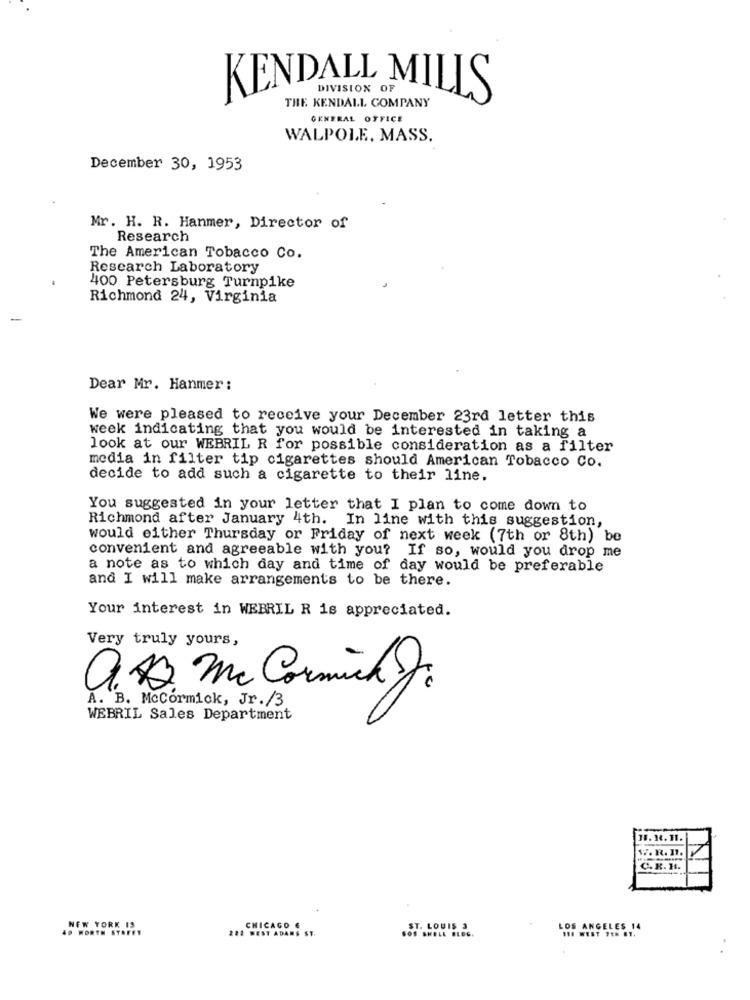
KENDALL MILLS
THE KENDALL COMPANY
DIVISION OF
GENERAL OFFICE
WALPOLE, MASS.
December 30, 1953
Mr. H. R. Hanmer, Director of
Research
The American Tobacco Co.
Research Laboratory
400 Petersburg Turnpike
Richmond 24, Virginia
Dear Mr. Hanmer:
We were pleased to receive your December 23rd letter this
week indicating that you would be interested in taking a
look at our WEBRIL R for possible consideration as a filter
media in filter tip cigarettes should American Tobacco Co.
decide to add such a cigarette to their line.
You suggested in your letter that I plan to come down to
Richmond after January 4th. In line with this suggestion,
would either Thursday or Friday of next week (7th or 8th) be
convenient and agreeable with you? If so, would you drop me
a note as to which day and time of day would be preferable
and I will make arrangements to be there.
Your interest in WEBRIL R is appreciated.
Very truly yours,
a. A. mc Cormick .
A. B. McCormick, Jr./3
WEBRIL Sales Department
11. 14. H.
W. R. 11.
C.K. H.
NEW YORK 19
CHICAGO €
40 WORTH STREET
222 WEST ADANS ST.
SOS SHELL BLOG
ST. LOUIS 3
LOS ANGELES 14
OF WEST PEN 87.